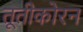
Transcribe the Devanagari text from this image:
तूतीकोरन